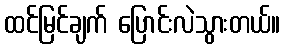
ထင်မြင်ချက် ပြောင်းလဲသွားတယ်။